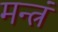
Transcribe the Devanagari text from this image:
मन्त्रं